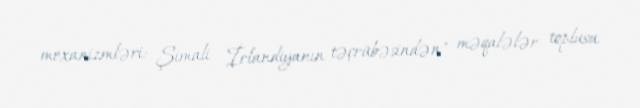
mexanizmləri: Şimali İrlandiyanın təçrübəsindən" məqalələr toplusu.